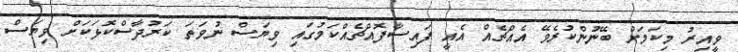
ވީއިރު މިކަމަށް ބޭނުންކުރެވޭ އެއްޗެއް އެއީ ފައިސާފޮއްޗެއްކަމުގައި ވިޔަސް ނުވަތަ ކަރުދާސްކޮޅަކަށް ވިޔަސް